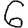
Digit: 6